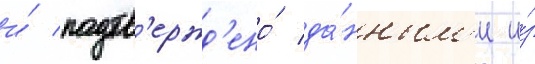
и́ подтв'ержд'ено́ да́нным'и и́з